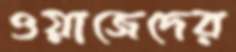
ওয়াজেদের